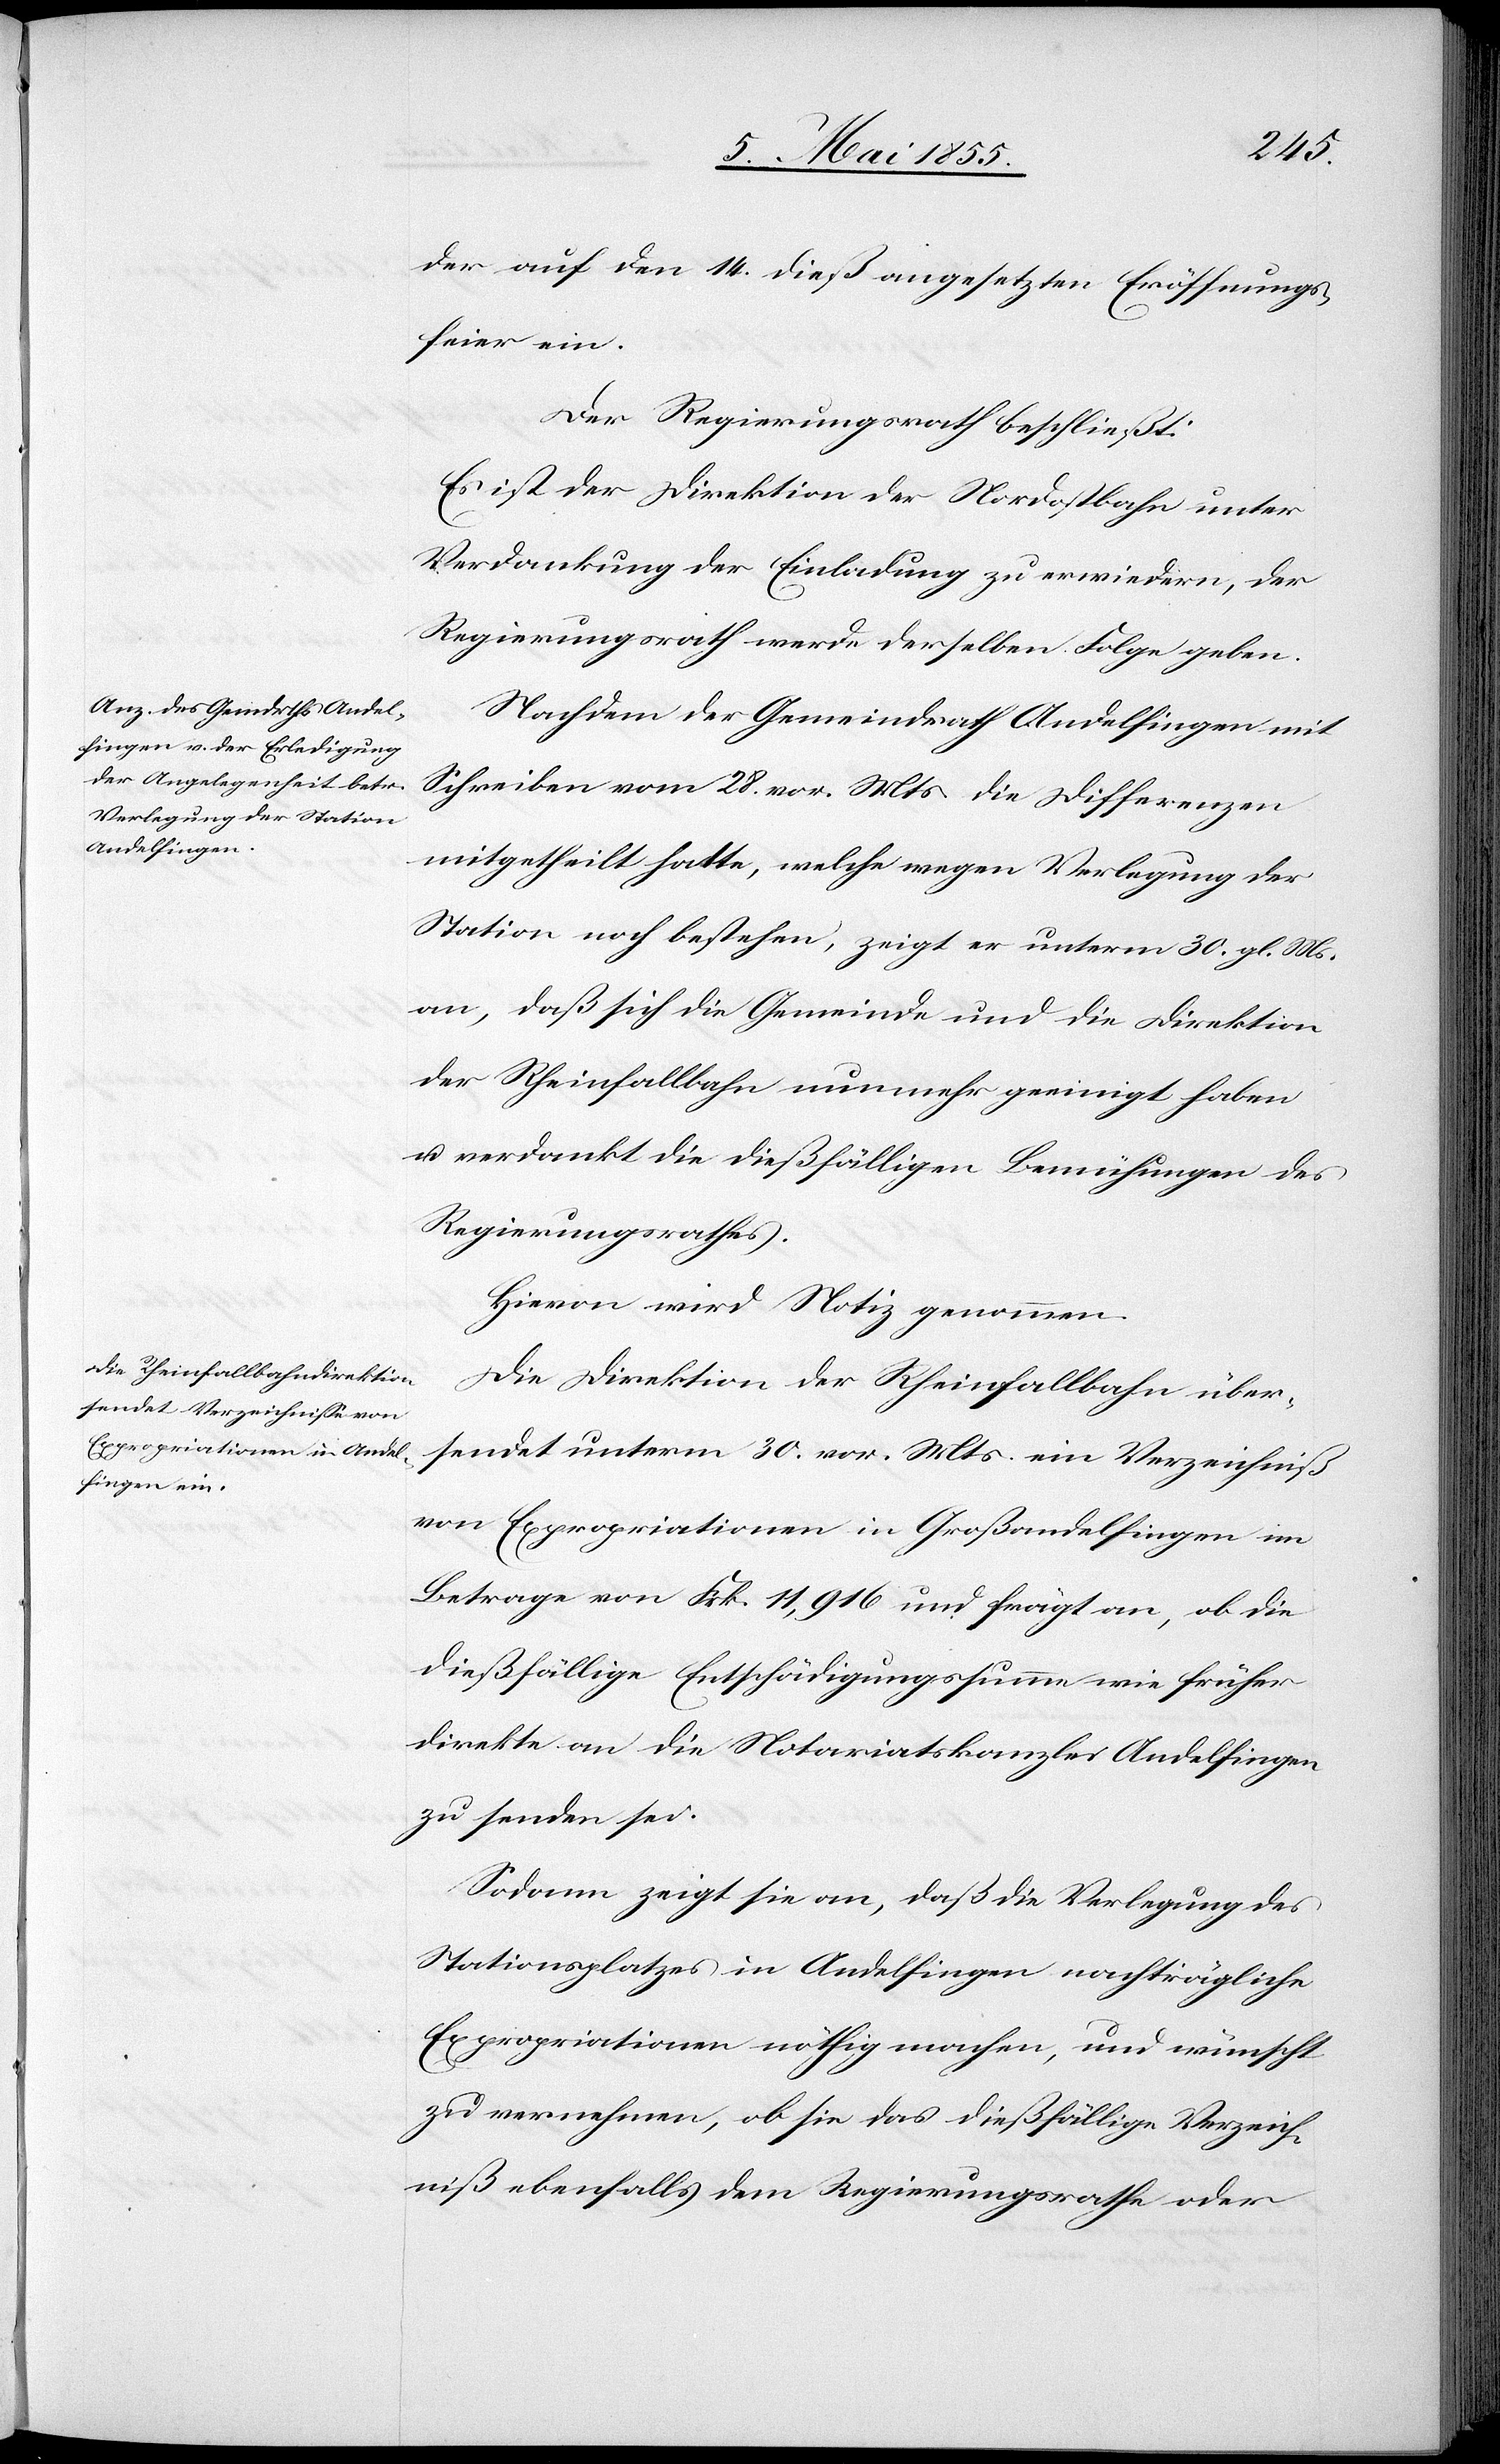
der auf den 14. dieß angesetzten Eröffnungs¬
feier ein.
Der Regierungsrath beschließt:
Es ist der Direktion der Nordostbahn unter
Verdankung der Einladung zu erwiedern, der
Regierungsrath werde derselben Folge geben.
Nachdem der Gemeindrath Andelfingen mit
Schreiben vom 28. vor. Mts. die Differenzen
mitgetheilt hatte, welche wegen Verlegung der
Station noch bestehen, zeigt er unterm 30. gl. M[t]s.
an, daß sich die Gemeinde und die Direktion
der Rheinfallbahn nunmehr geeinigt haben
u. verdankt die dießfälligen Bemühungen des
Regierungsrathes.
Hievon wird Notiz genommen.
Die Direktion der Rheinfallbahn über¬
sendet unterm 30. vor. Mts. ein Verzeichniß
von Expropriationen in Großandelfingen im
Betrage von Frk. 11,916 und frägt an, ob die
dießfällige Entschädigungssumme wie früher
direkte an die Notariatskanzlei Andelfingen
zu senden sei.
Sodann zeigt sie an, daß die Verlegung des
Stationsplatzes in Andelfingen nachträgliche
Expropriationen nöthig machen [sic!], und wünscht
zu vernehmen, ob sie das dießfällige Verzeich¬
niß ebenfalls dem Regierungsrathe oder